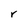
Character: r